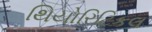
થિયોરિટિકલ